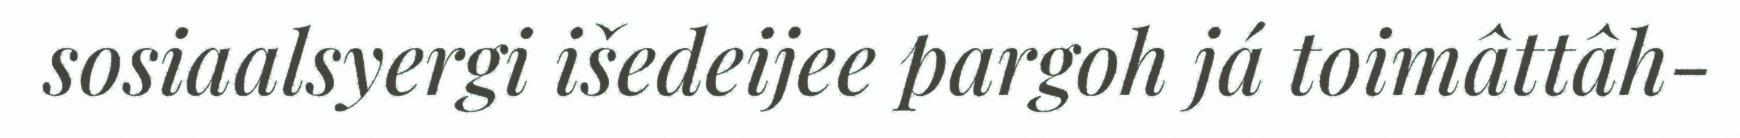
sosiaalsyergi išedeijee pargoh já toimâttâh-